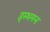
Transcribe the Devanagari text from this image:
इस्थमल